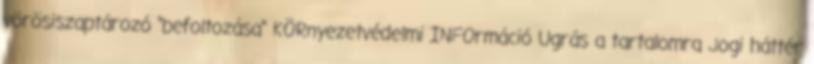
vörösiszaptározó "befoltozása" KÖRnyezetvédelmi INFOrmáció Ugrás a tartalomra Jogi háttér